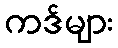
ကဒ်များ